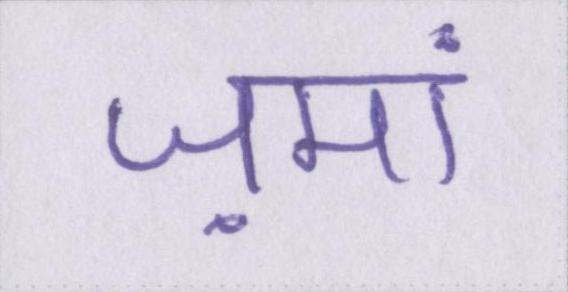
ज़मां